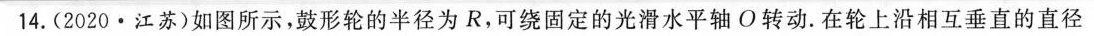
14.(2020·江苏)如图所示，鼓形轮的半径为R，可绕固定的光滑水平轴O转动。在轮上沿相互垂直的直径